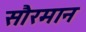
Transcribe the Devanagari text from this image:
सौरमान